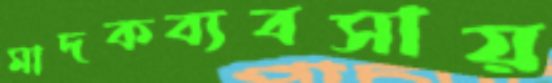
মাদকব্যবসায়